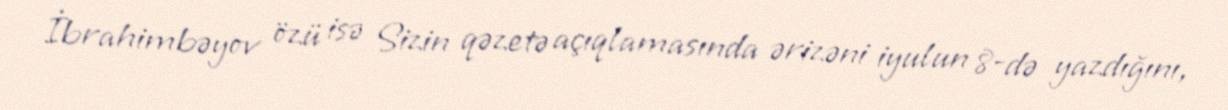
İbrahimbəyov özü isə Sizin qəzetə açıqlamasında ərizəni iyulun 8-də yazdığını,